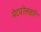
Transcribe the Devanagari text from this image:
मेटपीलवारे